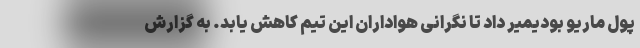
پول ماریو بودیمیر داد تا نگرانی هواداران این تیم کاهش یابد. به گزارش